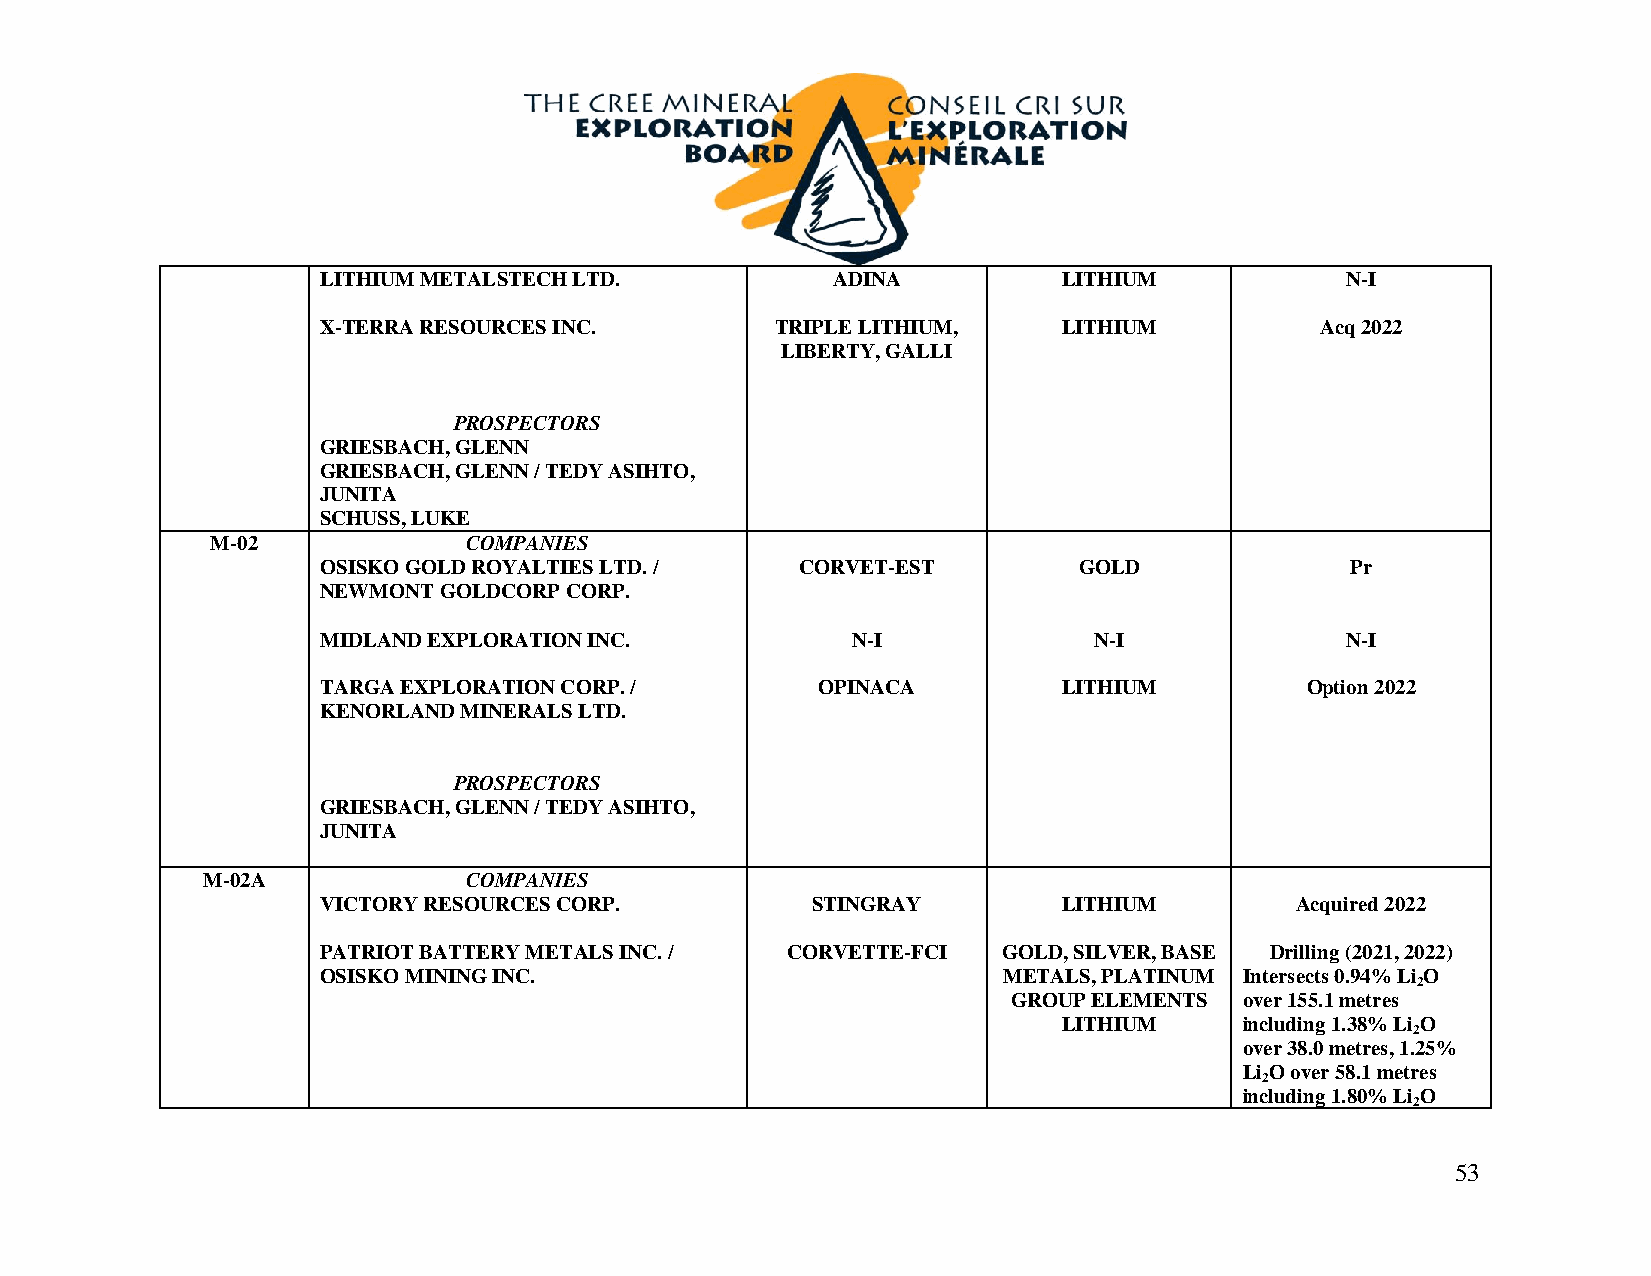
LITHIUM METALSTECH LTD.           ADINA          LITHIUM            N-I
 X-TERRA RESOURCES INC.        TRIPLE LITHIUM,    LITHIUM          Acq 2022
 LIBERTY, GALLI
 PROSPECTORS
 GRIESBACH, GLENN
 GRIESBACH, GLENN / TEDY ASIHTO,
 JUNITA
 SCHUSS, LUKE
 M-02             COMPANIES
 OSISKO GOLD ROYALTIES LTD. /    CORVET-EST        GOLD              Pr
 NEWMONT GOLDCORP CORP.
 MIDLAND EXPLORATION INC.           N-I             N-I              N-I
 TARGA EXPLORATION CORP. /        OPINACA         LITHIUM         Option 2022
 KENORLAND MINERALS LTD.
 PROSPECTORS
 GRIESBACH, GLENN / TEDY ASIHTO,
 JUNITA
 M-02A             COMPANIES
 VICTORY RESOURCES CORP.          STINGRAY        LITHIUM         Acquired 2022
 PATRIOT BATTERY METALS INC. /  CORVETTE-FCI  GOLD, SILVER, BASE Drilling (2021, 2022)
 OSISKO MINING INC.                           METALS, PLATINUM Intersects 0.94% Li O
 2
 GROUP ELEMENTS over 155.1 metres
 LITHIUM     including 1.38% Li O
 2
 over 38.0 metres, 1.25%
 Li O over 58.1 metres
 2
 including 1.80% Li O
 2
 53